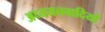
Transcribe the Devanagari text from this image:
अध्ययनवादियों